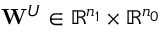
\mathbf { W } ^ { U } \in \mathbb { R } ^ { n _ { 1 } } \times \mathbb { R } ^ { n _ { 0 } }